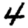
Digit: 4